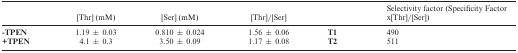
<table><thead><tr><td></td><td><b>[Thr] (mM)</b></td><td><b>[Ser] (mM)</b></td><td><b>[Thr]/[Ser]</b></td><td></td><td><b>Selectivity factor (Specificity Factor x[Thr]/[Ser])</b></td></tr></thead><tbody><tr><td><b>-TPEN</b></td><td>1.19 ± 0.03</td><td>0.810 ± 0.024</td><td>1.56 ± 0.06</td><td><b>T1</b></td><td>490</td></tr><tr><td><b>+TPEN</b></td><td>4.1 ± 0.3</td><td>3.50 ± 0.09</td><td>1.17 ± 0.08</td><td><b>T2</b></td><td>511</td></tr></tbody></table>